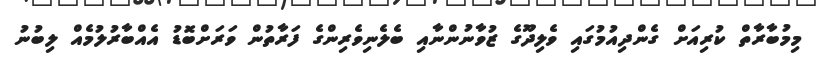
މިމުބާރާތް ކުރިއަށް ގެންދިއުމުގައި ވެލިދޫގެ ޒުވާނުންނާއި ބެލެނިވެރިންގެ ފަރާތުން ވަރަށްބޮޑު އެއްބާރުލުމެއް ލިބުނު